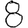
Digit: 8